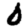
Digit: 0